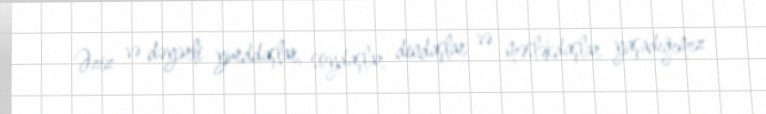
Əziz və dəyərli yurddaşlar, soydaşlar, dindaşlar və məsləkdaşlar yaşadığımız